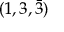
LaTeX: ( 1 , 3 , { \bar { 3 } } )